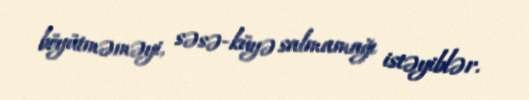
böyütməməyi, səsə-küyə salmamağı istəyiblər.